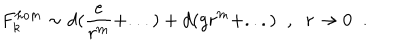
F _ { k } ^ { h o m } \sim d ( \frac { e } { r ^ { m } } + . . . ) + d ( g r ^ { m } + . . . ) \; \; , \; \; r \rightarrow 0 \; \; .